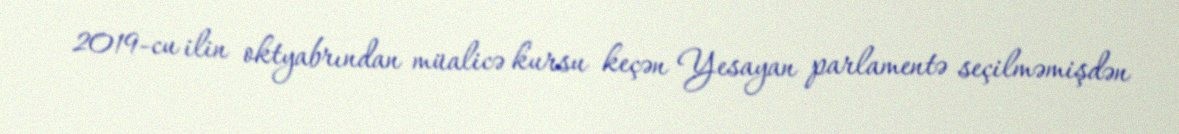
2019-cu ilin oktyabrından müalicə kursu keçən Yesayan parlamentə seçilməmişdən